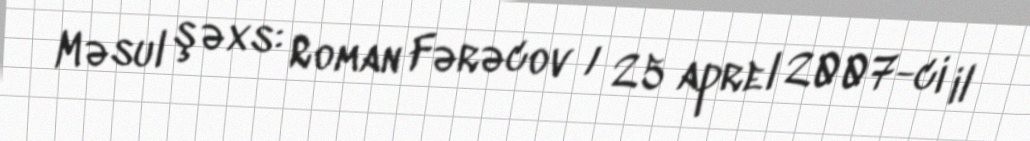
Məsul şəxs: Roman Fərəcov / 25 aprel 2007-ci il